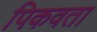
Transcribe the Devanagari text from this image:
पिकवता